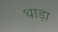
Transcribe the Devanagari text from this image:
थाड़ा